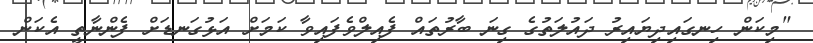
"މިކަން ހިނގައިދިޔައިރު ދައުލަތުގެ ގިނަ ބާރުތައް ފެއިލްވެފައިވާ ކަމަށް އަޅުގަނޑަށް ފެންނާތީ އެކަން